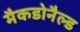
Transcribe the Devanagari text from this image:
मैकडोनैल्ड